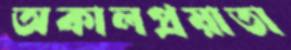
অকালপ্রয়াতা